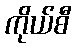
ကိုယ်စီ